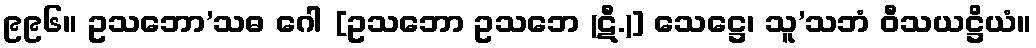
၉၉၆။ ဥသဘော’သဓ ဂေါ [ဥသဘော ဥသဘေ (ဋီ.)] သေဋ္ဌေ၊ သူ’သဘံ ဝီသယဋ္ဌိယံ။